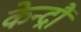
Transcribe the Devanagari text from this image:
केन्द्रौं